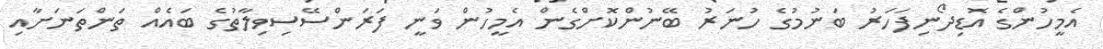
އެމީހުންގެ އޮޑިދޯނިފަހަރު ބަނުމުގެ ހުނަރު ބޭނުންކޮށްގެން އެމީހުން ވަނީ ފަރަންސޭސިވިލާތުގެ ބައެއް ތަންތަނަށާއި